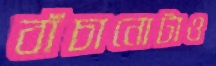
বাঁচানোটাও